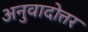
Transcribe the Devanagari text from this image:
अनुवादोत्तर